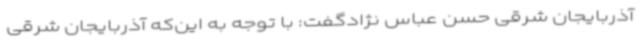
آذربایجان شرقی حسن عباس نژادگفت: با توجه به این‌که آذربایجان شرقی